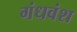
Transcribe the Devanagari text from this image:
गंधवंश